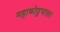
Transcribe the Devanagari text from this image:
महाकोट्टपाल।